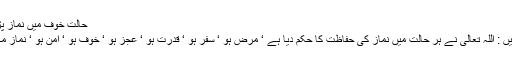
حالت خوف میں نماز پڑھنے کے متعلق فقہاء مالکیہ کا مذہب :
قاضی ابوبکر ابن العربی مالکی لکھتے ہیں : اللہ تعالیٰ نے ہر حالت میں نماز کی حفاظت کا حکم دیا ہے ‘ مرض ہو ‘ سفر ہو ‘ قدرت ہو ‘ عجز ہو ‘ خوف ہو ‘ امن ہو ‘ نماز مکلف سے کسی حال میں ساقط نہیں ہوتی۔